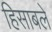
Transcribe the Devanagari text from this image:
हिसाबले